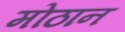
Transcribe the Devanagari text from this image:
मोठान